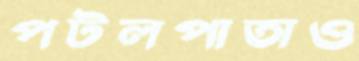
পটলপাতাও